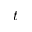
t